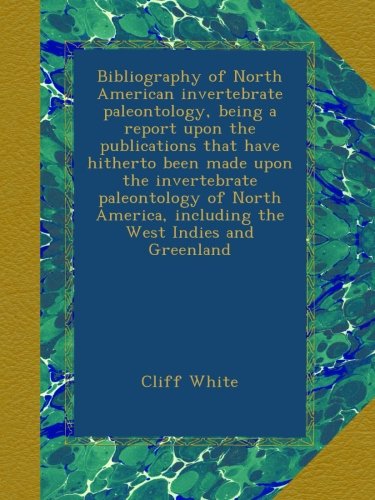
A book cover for Bibliography of North American invertebrate paleontology, being a report upon the publications that have hitherto been made upon the invertebrate ... including the West Indies and Greenland; Cliff White; History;